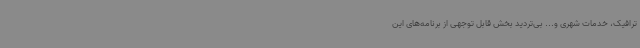
ترافیک، خدمات شهری و... بی‌تردید بخش قابل توجهی از برنامه‌های این